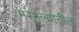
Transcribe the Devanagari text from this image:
मसाल्यातील